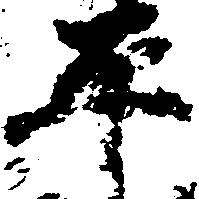
平